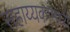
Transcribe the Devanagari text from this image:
सहाय्यकांमध्ये